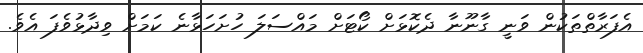
އެފަރާތްތަކުން ވަނީ ގާނޫނާ ދެކޮޅަށް ކޯޓަށް މައްސަލަ ހުށަހަޅާނެ ކަމަށް ވިދާޅުވެފަ އެވެ.